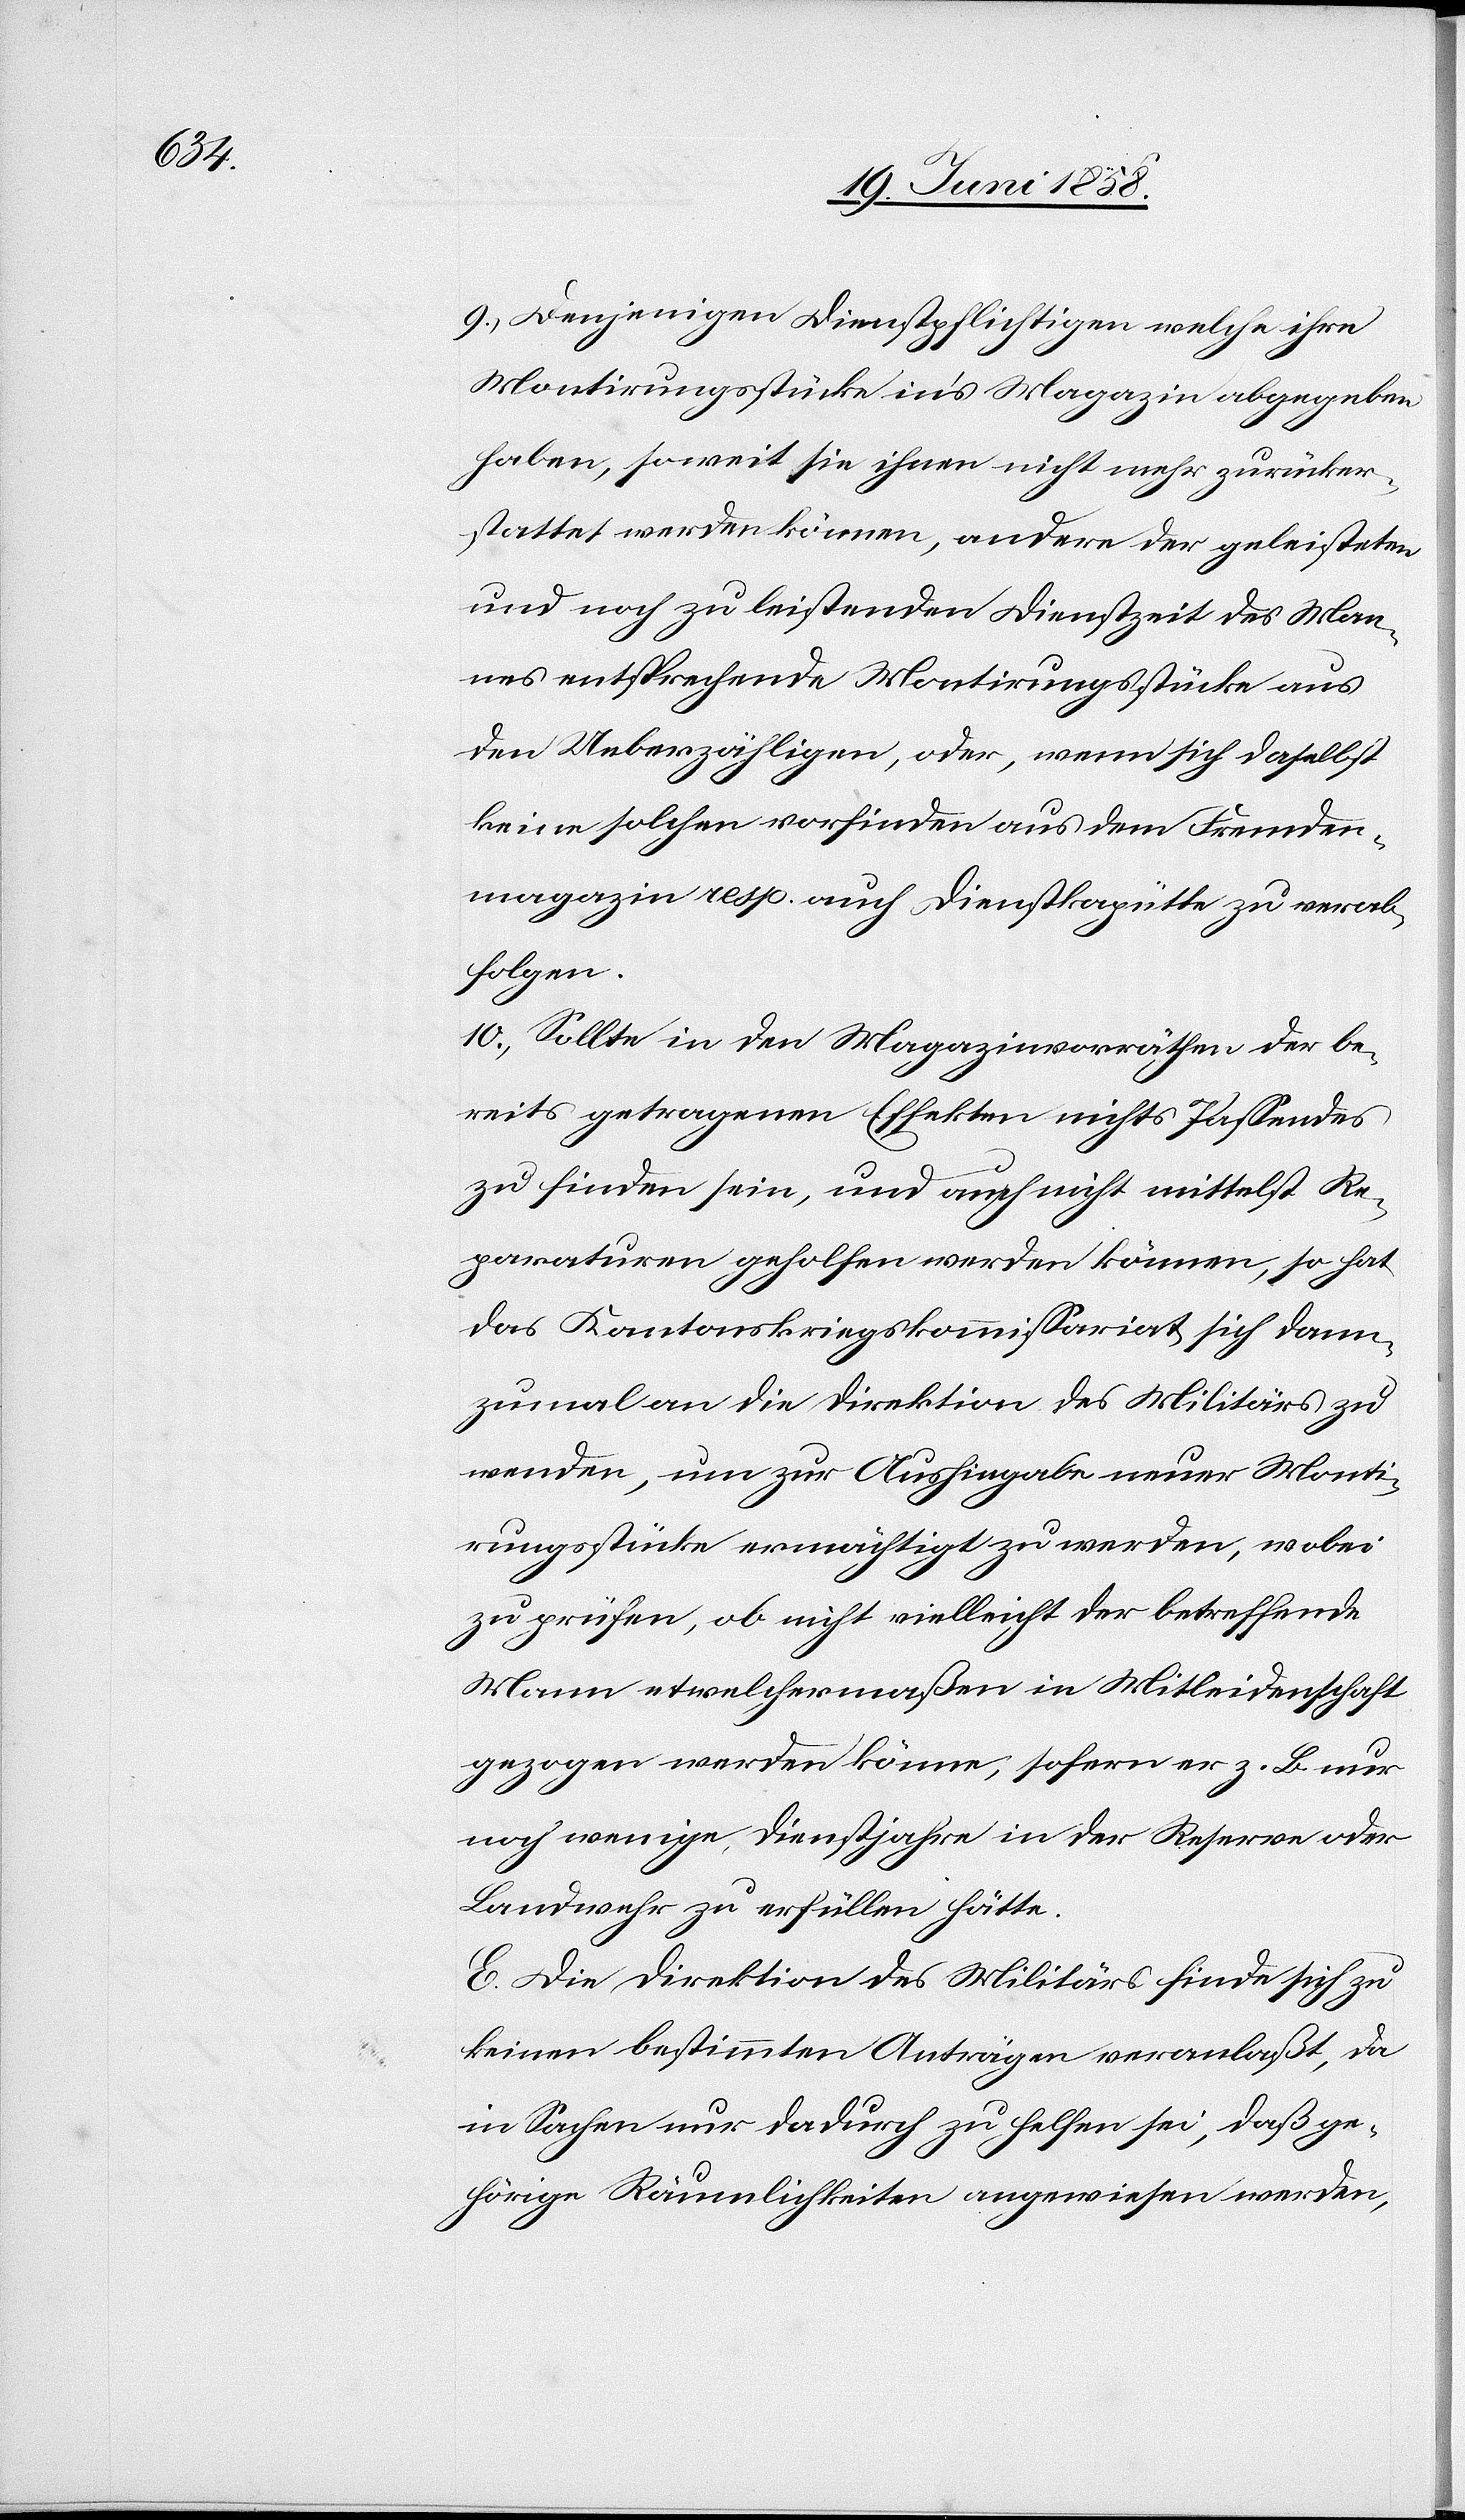
9.) Denjenigen Dienstpflichtigen welche ihre
Montirungsstücke in’s Magazin abgegeben
haben, soweit sie ihnen nicht mehr zurücker¬
stattet werden können, andere der geleisteten
und noch zu leistenden Dienstzeit des Man¬
nes entsprechende Montirungsstücke aus
den Ueberzähligen, oder, wenn sich daselbst
keine solchen vorfinden aus dem Fremden¬
magazin resp. auch Dienstkapütte zu verab¬
folgen.
10.) Sollte in den Magazinvorräthen der be¬
reits getragenen Effekten nichts Passendes
zu finden sein, und auch nicht mittelst Re¬
paraturen geholfen werden können, so hat
das Kantonskriegskommissariat sich dann¬
zumal an die Direktion des Militärs zu
wenden, um zur Aushingabe neuer Monti¬
rungsstücke ermächtigt zu werden, wobei
zu prüfen, ob nicht vielleicht der betreffende
Mann etwelchermaßen in Mitleidenschaft
gezogen werden könne, sofern er z. B. nur
noch wenige Dienstjahre in der Reserve oder
Landwehr zu erfüllen hätte.
E. Die Direktion des Militärs finde sich zu
keinen bestimmten Anträgen veranlaßt, da
in Sachen nur dadurch zu helfen sei, daß ge¬
hörige Räumlichkeiten angewiesen werden,